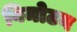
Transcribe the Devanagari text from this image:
बिमोटन